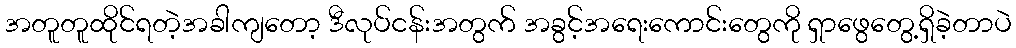
အတူတူထိုင်ရတဲ့အခါကျတော့ ဒီလုပ်ငန်းအတွက် အခွင့်အရေးကောင်းတွေကို ရှာဖွေတွေ့ရှိခဲ့တာပဲ